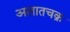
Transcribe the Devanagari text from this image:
अलातचक्र